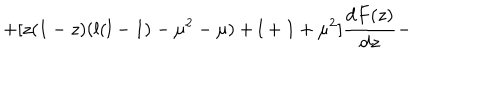
+ [ z ( 1 - z ) ( l ( l - 1 ) - \mu ^ { 2 } - \mu ) + l + 1 + \mu ^ { 2 } ] \frac { \mathrm { d } F ( z ) } { \mathrm { d } z } -